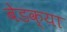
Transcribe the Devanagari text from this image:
बेडक्या